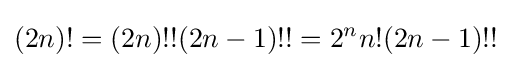
(2n)!=(2n)!!(2n-1)!!=2^{n}n!(2n-1)!!